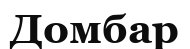
Домбар